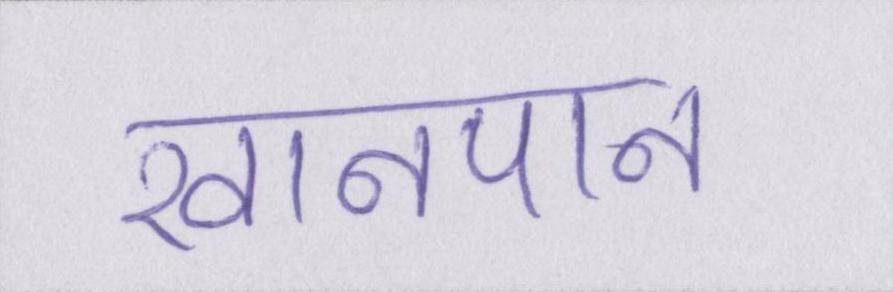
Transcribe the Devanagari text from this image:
खानपान